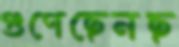
গুণেছেনছ